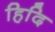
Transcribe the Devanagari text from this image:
हिदि